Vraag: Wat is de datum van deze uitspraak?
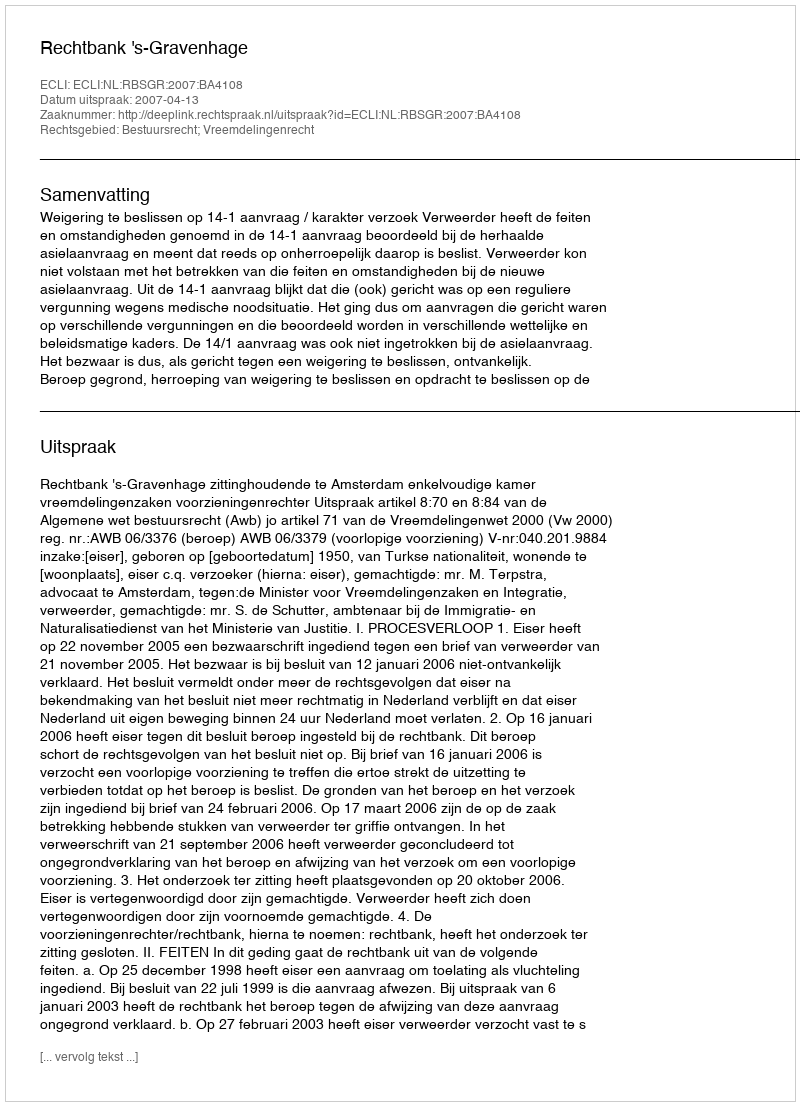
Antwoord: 2007-04-13